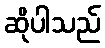
ဆိုပါသည်